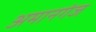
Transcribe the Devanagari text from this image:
अमानगंज